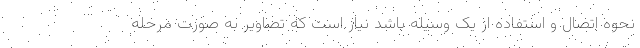
نحوه اتصال و استفاده از یک وسیله باشد نیاز است که تصاویر به صورت مرحله